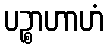
ပဉ္စာဟာဟံ